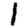
Digit: 1